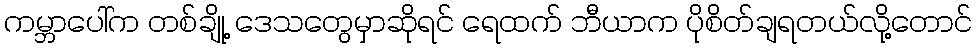
ကမ္ဘာပေါ်က တစ်ချို့ ဒေသတွေမှာဆိုရင် ရေထက် ဘီယာက ပိုစိတ်ချရတယ်လို့တောင်